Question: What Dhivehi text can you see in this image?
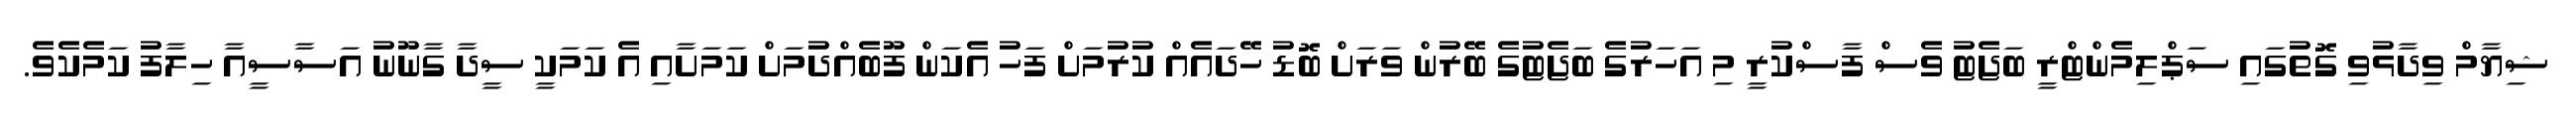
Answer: ޝިޔާމް ވިދާޅުވި ގޮތުގައި ސަޕްލިމެންޓްރީ ބަޖެޓު ވެސް ފާސްކުރީ މި އަހަރުގެ ބަޖެޓުގެ ބޭރުން ވަރަށް ބޮޑު ހޭދައެއް ކުރުމަށް ފަހު އެކަން ފޫބެއްދުމަށް ކަމަށާއި އެ ކަމަކީ ސީދާ ގާނޫނު އަސާސީއާ ހިލާފު ކަމެކެވެ.